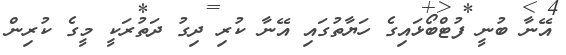
އޭނާ ބުނީ ފުޓްބޯޅައިގެ ހަޔާތުގައި އޭނާ ކުރި ދިގު ދަތުރަކީ މީގެ ކުރިން